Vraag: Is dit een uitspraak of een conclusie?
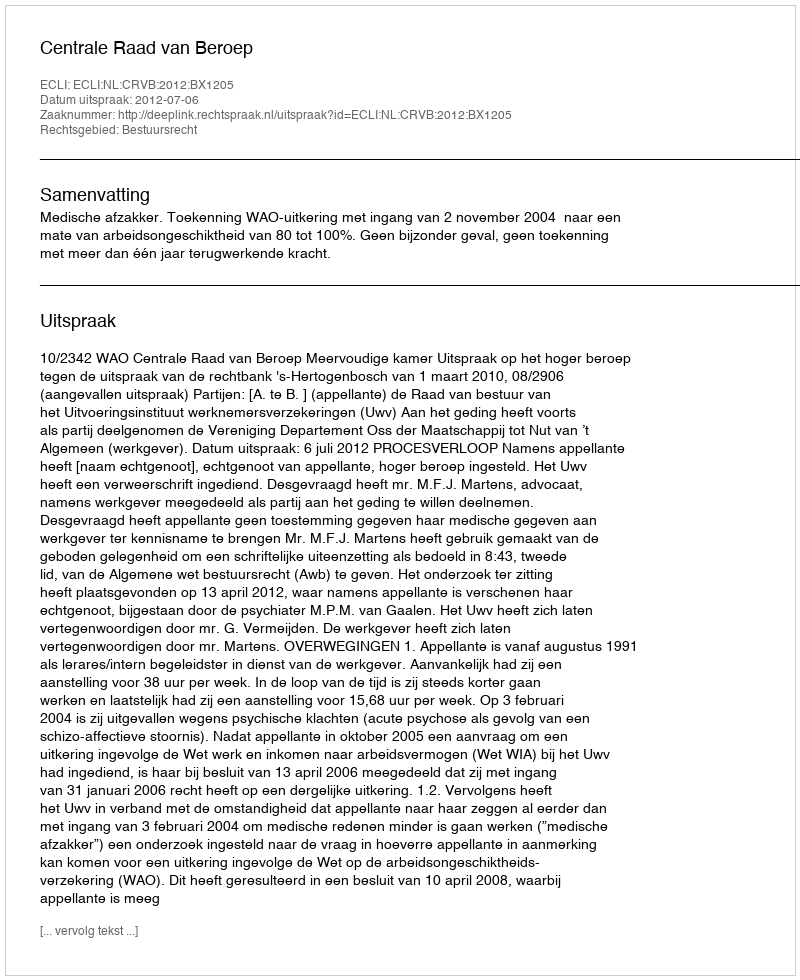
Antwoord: Uitspraak